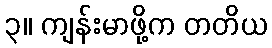
၃။ ကျန်းမာဖို့က တတိယ